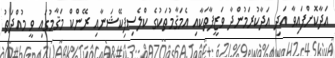
އަދާކޮށްފައިވާ އަދި އަދާކުރަމުންދާ ވަޒީފާތަކާއި އެމަޤާމުތަކުގެ ކްލެސިފިކޭޝަނާއި ރޭންކް މަޤާމުގައި ވީ މުއްދަތު